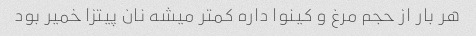
هر بار از حجم مرغ و کینوا داره کمتر میشه نان پیتزا خمیر بود